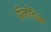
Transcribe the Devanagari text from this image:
प्रिमीटिव्स